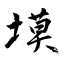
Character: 塻